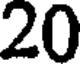
20